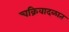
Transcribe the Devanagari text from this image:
चक्रिवादळात